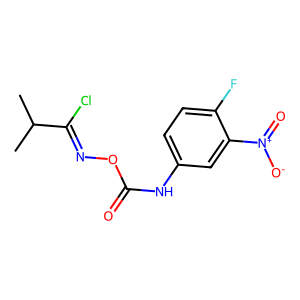
SMILES: CC(C)C(Cl)=NOC(=O)Nc1ccc(F)c([N+](=O)[O-])c1
Inhibits HIV replication: No